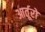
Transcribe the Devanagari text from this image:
आर्तूरो